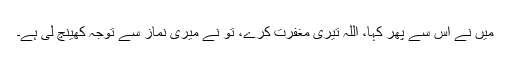
میں نے اس سے پھر کہا، اللہ تیری مغفرت کرے، تو نے میری نماز سے توجہ کھینچ لی ہے۔